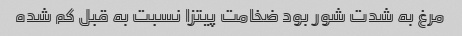
مرغ به شدت شور بود ضخامت پیتزا نسبت به قبل کم شده